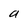
Character: a